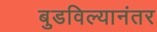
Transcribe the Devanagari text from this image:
बुडविल्यानंतर